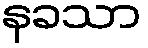
နခသာ